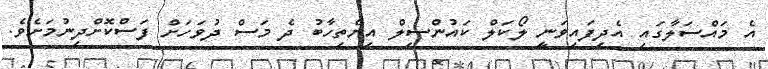
އެ މައްސަލާގައި އެދިފައިވަނީ ލޯކަލް ކައުންސިލް އިންތިހާބު ދެ މަސް ދުވަހަށް ފަސްކޮށްދިނުމަށެވެ.